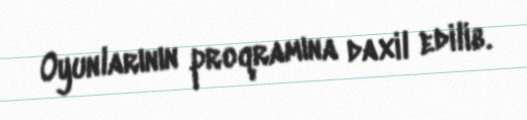
Oyunlarının proqramına daxil edilib.